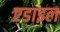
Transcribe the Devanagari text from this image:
एडाइल